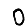
Digit: 0